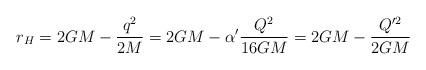
LaTeX: \begin{align*}r_H = 2GM - \frac{q^2}{2M} = 2GM - \alpha' \frac{Q^2}{16GM} = 2GM -\frac{Q'^2}{2GM}\end{align*}